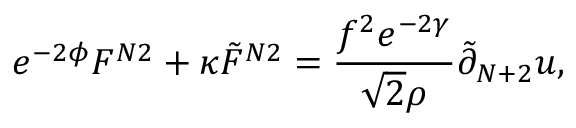
e ^ { - 2 \phi } F ^ { N 2 } + \kappa { \tilde { F } } ^ { N 2 } = \frac { f ^ { 2 } e ^ { - 2 \gamma } } { \sqrt { 2 } \rho } { \tilde { \partial } } _ { N + 2 } u ,